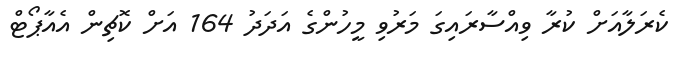
ކެރަލާއަށް ކުރާ ވިއްސާރައިގަ މަރުވި މީހުންގެ އަދަދު 164 އަށް ކޮޗިން އެއާޕޯޓް